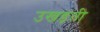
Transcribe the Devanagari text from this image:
उखड़ती